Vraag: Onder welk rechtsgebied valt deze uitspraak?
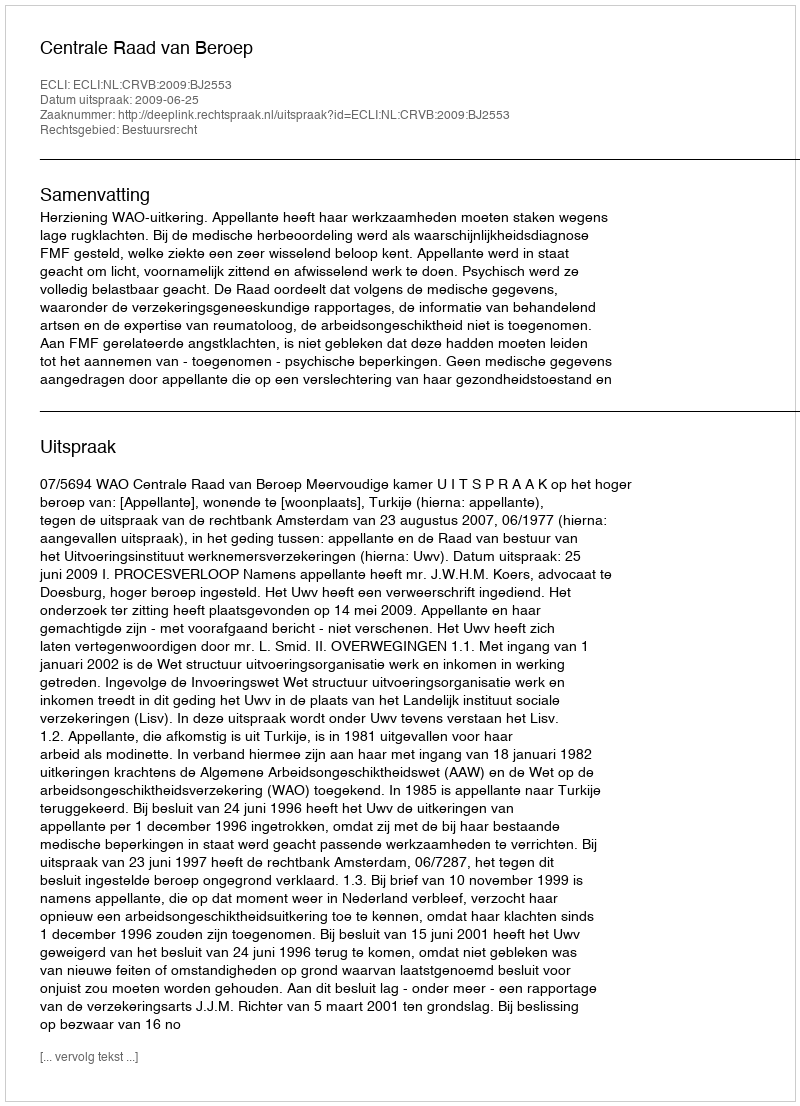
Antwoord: Bestuursrecht